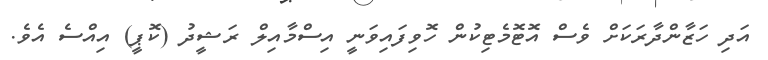
އަދި ހަޒާންދާރަކަށް ވެސް އޮޓޮމެޓިކުން ހޮވިފައިވަނީ އިސްމާއިލް ރަޝީދު (ކޮޕީ) އިއްސެ އެވެ.